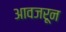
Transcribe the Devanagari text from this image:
आवजरून